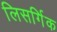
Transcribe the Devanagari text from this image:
लिसर्गिक